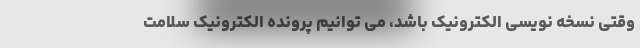
وقتی نسخه نویسی الکترونیک باشد، می توانیم پرونده الکترونیک سلامت